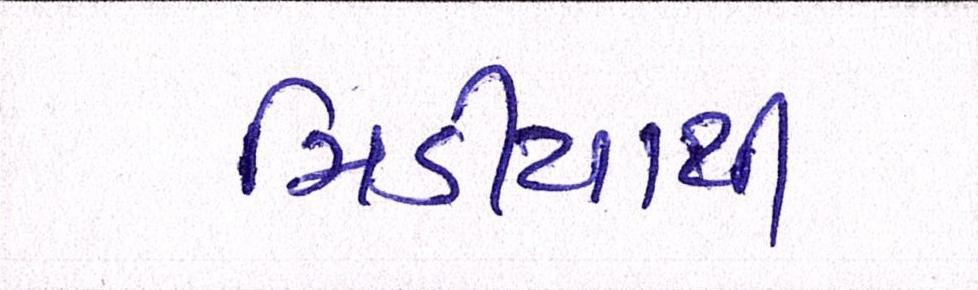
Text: મિડીયાથી